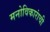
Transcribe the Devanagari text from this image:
मनोविकारांची